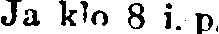
Ja klo 8 i. p.